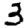
Digit: 3